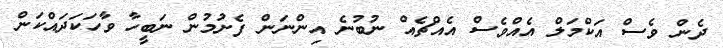
ދެން ވެސް އަކްމަލް އެއްވެސް އެއްޗެއް ނުބުނެ އިންނަން ފެށުމުން ނަބީހާ ވާހަކަދައްކަން